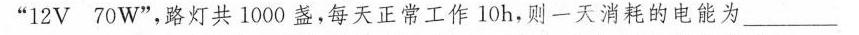
”12V70W”，路灯共1000盏，每天正常工作10h，则一天消耗的电能为__